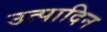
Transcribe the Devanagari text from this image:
उत्पादिन